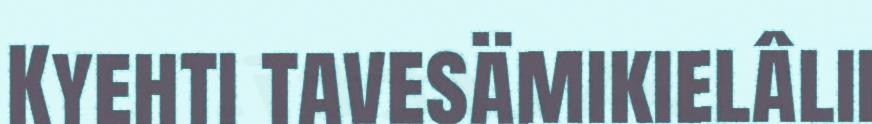
Kyehti tavesämikielâlii